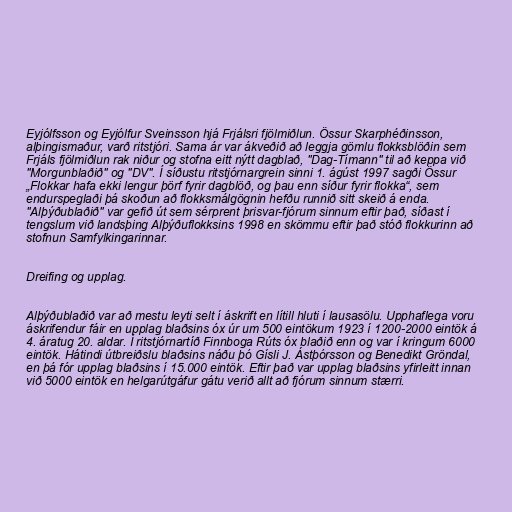
Eyjólfsson og Eyjólfur Sveinsson hjá Frjálsri fjölmiðlun. Össur Skarphéðinsson,
alþingismaður, varð ritstjóri. Sama ár var ákveðið að leggja gömlu flokksblöðin sem
Frjáls fjölmiðlun rak niður og stofna eitt nýtt dagblað, "Dag-Tímann" til að keppa við
"Morgunblaðið" og "DV". Í síðustu ritstjórnargrein sinni 1. ágúst 1997 sagði Össur
„Flokkar hafa ekki lengur þörf fyrir dagblöð, og þau enn síður fyrir flokka“, sem
endurspeglaði þá skoðun að flokksmálgögnin hefðu runnið sitt skeið á enda.
"Alþýðublaðið" var gefið út sem sérprent þrisvar-fjórum sinnum eftir það, síðast í
tengslum við landsþing Alþýðuflokksins 1998 en skömmu eftir það stóð flokkurinn að
stofnun Samfylkingarinnar.

Dreifing og upplag.

Alþýðublaðið var að mestu leyti selt í áskrift en lítill hluti í lausasölu. Upphaflega voru
áskrifendur fáir en upplag blaðsins óx úr um 500 eintökum 1923 í 1200-2000 eintök á
4. áratug 20. aldar. Í ritstjórnartíð Finnboga Rúts óx blaðið enn og var í kringum 6000
eintök. Hátindi útbreiðslu blaðsins náðu þó Gísli J. Ástþórsson og Benedikt Gröndal,
en þá fór upplag blaðsins í 15.000 eintök. Eftir það var upplag blaðsins yfirleitt innan
við 5000 eintök en helgarútgáfur gátu verið allt að fjórum sinnum stærri.